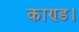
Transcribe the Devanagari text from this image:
काण्ड।